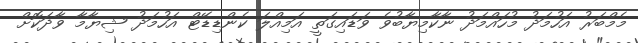
މެމްބަރު އަހުމަދު މުހައްމަދު ނާކާމިޔާބުވެ ވަޑައިގަތީ އަމިއްލަ ކެންޑިޑޭޓް އަހުމަދު ޝިޔާމާ ވާދަކޮށް